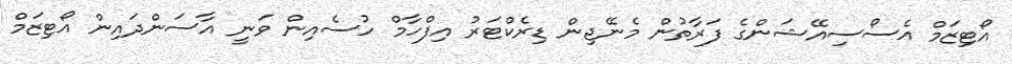
އޯޓިޒަމް އެސޯސިއޭޝަންގެ ފަރާތުން މެނޭޖިން ޑިރެކްޓަރު އިފްހާމް ހުސެއިން ވަނީ އާސަންދައިން އޯޓިޒަމް